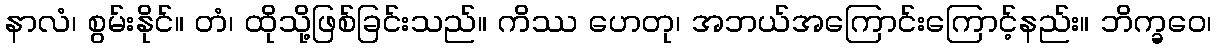
နာလံ၊ စွမ်းနိုင်။ တံ၊ ထိုသို့ဖြစ်ခြင်းသည်။ ကိဿ ဟေတု၊ အဘယ်အကြောင်းကြောင့်နည်း။ ဘိက္ခဝေ၊